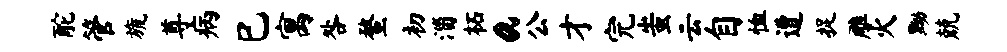
酡管旒尊病巳寓咎蝥初淄柘a公才完蚩云自恤遭捉雕火黝兢